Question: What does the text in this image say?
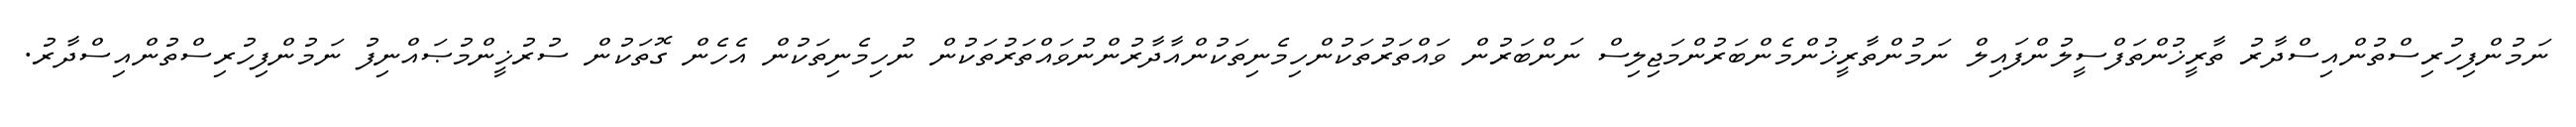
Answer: ނަމުންފިހުރިސްތުންއިސްދާރު ތާރީޚުންތަފްސީލުންފައިލް ނަމުންތާރީޚުންމެންބަރުންމަޖިލިސް ނަންބަރުން ވައްތަރުތަކުންހިމެނިތަކުންއާދާރުންނުވައްތަރުތަކުން ނުހިމެނިތަކުން އެހެން ގޮތަކުން ސުރުޚީންމުޞައްނިފު ނަމުންފިހުރިސްތުންއިސްދާރު.